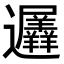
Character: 𮟨